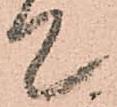
て